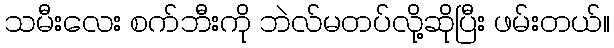
သမီးလေး စက်ဘီးကို ဘဲလ်မတပ်လို့ဆိုပြီး ဖမ်းတယ်။